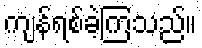
ကျန်ရစ်ခဲ့ကြသည်။